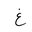
Letter: _gayn